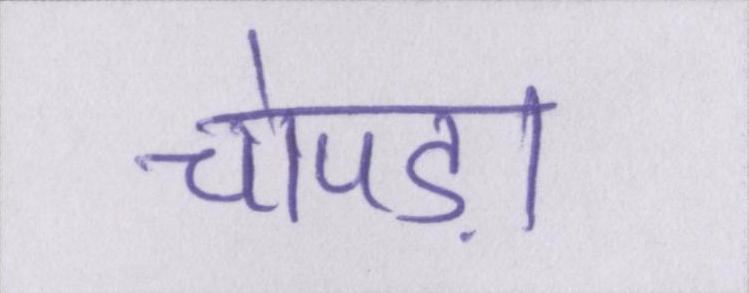
चोपड़ा